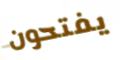
يفتحون